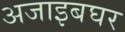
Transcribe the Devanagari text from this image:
अजाइबघर